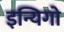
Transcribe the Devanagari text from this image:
इन्यिगो